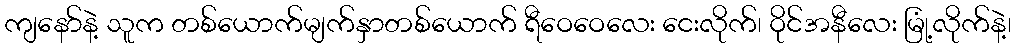
ကျနော်နဲ့ သူက တစ်ယောက်မျက်နှာတစ်ယောက် ရီဝေဝေလေး ငေးလိုက်၊ ဝိုင်အနီလေး မြုံ့လိုက်နဲ့၊